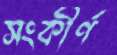
সংকীর্ণ